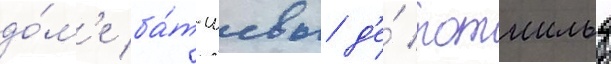
до́м'е ба́т-шевы д'е́ ротшильд